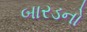
બારડનો